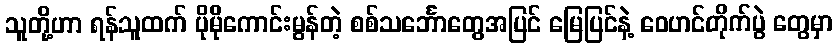
သူတို့ဟာ ရန်သူထက် ပိုမိုကောင်းမွန်တဲ့ စစ်သင်္ဘောတွေအပြင် မြေပြင်နဲ့ ဝေဟင်တိုက်ပွဲ တွေမှာ